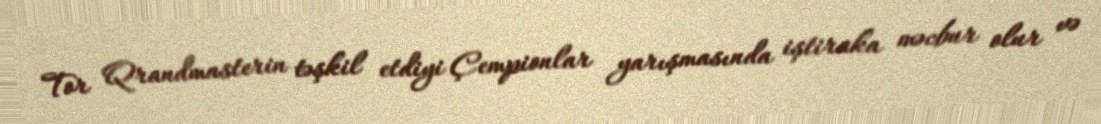
Tor Qrandmasterin təşkil etdiyi Çempionlar yarışmasında iştiraka məcbur olur və